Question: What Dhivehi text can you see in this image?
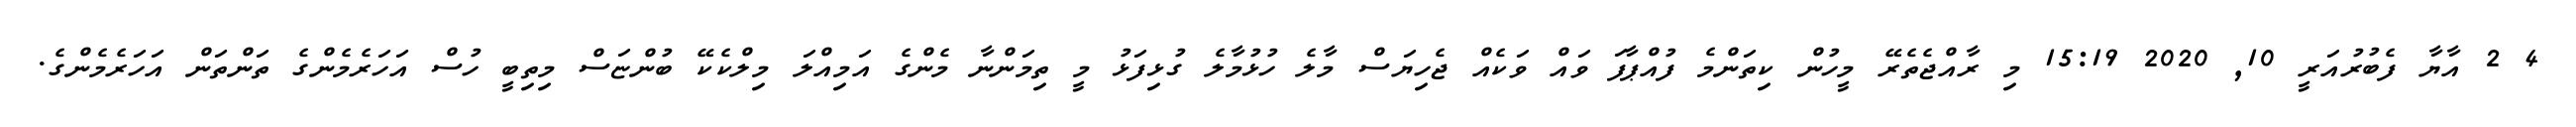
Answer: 4 2 އާޔާ ފެބުރުއަރީ 10, 2020 15:19 މި ރާއްޖެތެރޭ މީހުން ކިތަންމެ ފުއްޕާފަ ވައް ވަކެއް ޖެހިޔަސް މާލެ ހުޅުމާލެ ގުޅިފަޅު މީ ތިމަންނާ މެންގެ އަމިއްލަ މިލްކެކޭ ބުންޏަސް މިތިބީ ހުސް އަހަރެމެންގެ ތަންތަން އަހަރެމެންގެ.